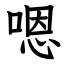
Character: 嗯